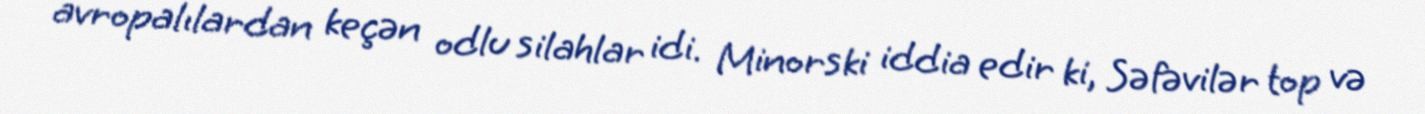
avropalılardan keçən odlu silahlar idi. Minorski iddia edir ki, Səfəvilər top və